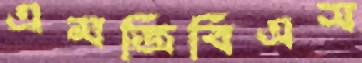
এমজিবিএস